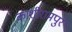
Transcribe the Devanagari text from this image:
काशीरामपुर